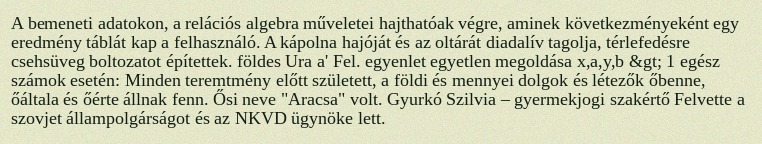
A bemeneti adatokon, a relációs algebra műveletei hajthatóak végre, aminek következményeként egy eredmény táblát kap a felhasználó. A kápolna hajóját és az oltárát diadalív tagolja, térlefedésre csehsüveg boltozatot építettek. földes Ura a' Fel. egyenlet egyetlen megoldása x,a,y,b &gt; 1 egész számok esetén: Minden teremtmény előtt született, a földi és mennyei dolgok és létezők őbenne, őáltala és őérte állnak fenn. Ősi neve "Aracsa" volt. Gyurkó Szilvia – gyermekjogi szakértő Felvette a szovjet állampolgárságot és az NKVD ügynöke lett.